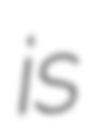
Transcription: is